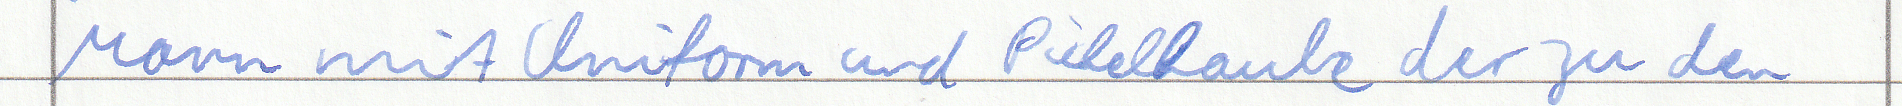
Mann mit Uniform und Pickelhaube der zu den